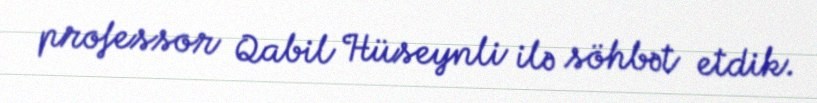
professor Qabil Hüseynli ilə söhbət etdik.